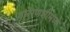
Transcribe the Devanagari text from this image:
वाराणशीमध्ये